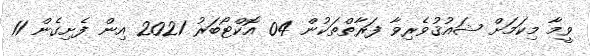
ވީމާ މިކަމަށް ޝައުޤުވެރިވާ ފަރާތްތަކުން 04 އޮކްޓޯބަރު 2021 އިން ފެށިގެން 11